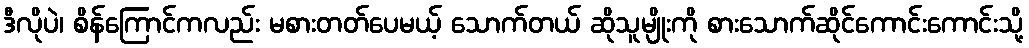
ဒီလိုပဲ၊ စိန်ကြောင်ကလည်း မစားတတ်ပေမယ့် သောက်တယ် ဆိုသူမျိုးကို စားသောက်ဆိုင်ကောင်းကောင်းသို့